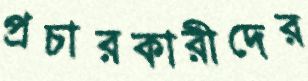
প্রচারকারীদের